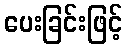
ပေးခြင်းဖြင့်